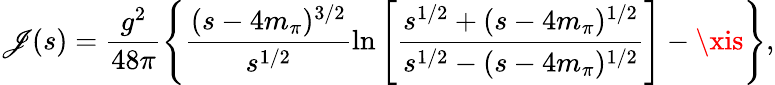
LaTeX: \mathscr{J}(s)=\frac{{g^{2}}}{{48\pi}}\left\{ \frac{{(s-4m_{\pi})^{3/2}}}{{s^{1/2}}}\ln\left[\frac{{s^{1/2}+(s-4m_{\pi})^{1/2}}}{{s^{1/2}-(s-4m_{\pi})^{1/2}}}\right]-\xis\right\} ,